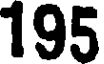
195